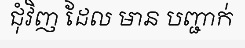
ជុំវិញ ដែល មាន បញ្ជាក់